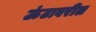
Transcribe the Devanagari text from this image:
ऊंटावरील